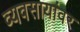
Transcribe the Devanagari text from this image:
व्यवसायांवर